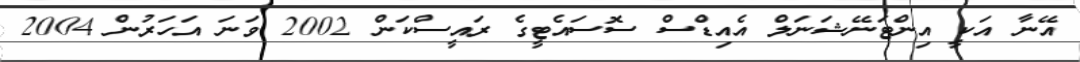
އޭނާ އަކީ އިންޓަނޭޝަނަލް އެއިޑްސް ސޮސައެޓީގެ ރައީސްކަން 2002 ވަނަ އަހަރުން 2004